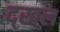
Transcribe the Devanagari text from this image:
द्खल